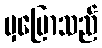
မှပြောသည်